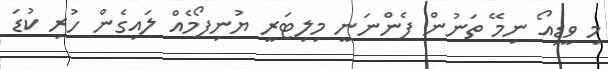
މި ވީޑިއޯ ނިމޭ ތަނުން ފެންނަނީ މިލިޓަރީ ޔުނިފޯމެއް ލައިގެން ހުރި ކުޑަ